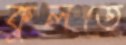
কুলতে